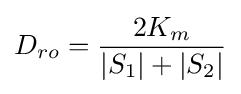
D_{ro}={\frac {2K_{m}}{|S_{1}|+|S_{2}|}}